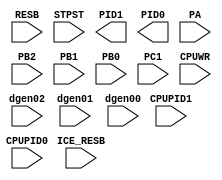
module ICE(RESB,ICE_RESB,STPST,PID1,PID0,CPUPID1,CPUPID0,PA,PB2,PB1,PB0,PC1,dgen02,dgen01,dgen00,CPUWR);
   input RESB;
   input ICE_RESB;   
   input STPST;
   input CPUPID1;
   input CPUPID0;
   output PID1;
   output PID0;
   input [2:0] PA;
   input 	   PB2;
   input 	   PB1;
   input 	   PB0;
   input 	   PC1;
   input 	   CPUWR;
 	   
//   input [2:0] dgen;
   input 	   dgen02,dgen01,dgen00;   
endmodule